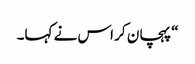
“ پہچان کر اس نے کہا۔